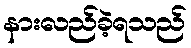
နားလည်ခဲ့ရသည်